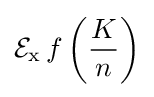
\operatorname {{\mathcal {E}}_{x}} f\left({\frac {K}{n}}\right)